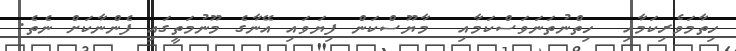
ހިތާމަވެރިކަމާއި  ހިތްނުތަނަވަސްކަމާއި  މާޔޫސްކަން ފިޔަވައި އޭނާގެ މޫނުމަތީގައި ފެންނާކަށް ނެތެ.